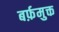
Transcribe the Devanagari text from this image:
बर्फ़मुक्त